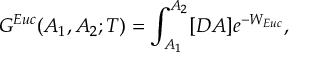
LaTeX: G ^ { E u c } ( A _ { 1 } , A _ { 2 } ; T ) = \int _ { A _ { 1 } } ^ { A _ { 2 } } [ D A ] e ^ { - W _ { E u c } } ,